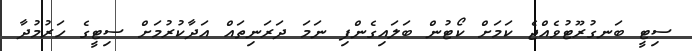
ސިޓީ ބަނގުރޫޓުވެއްޖެ ކަމަށް ކޯޓުން ބަލައިގެންފި ނަމަ ދަރަނިތައް އަދާކުރުމަށް ސިޓީގެ ހަރުމުދާ